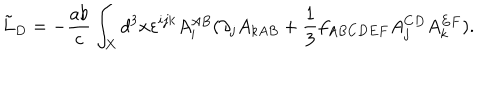
\tilde { L } _ { D } = - { \frac { a b } { c } } \int _ { X } d ^ { 3 } x \varepsilon ^ { i j k } A _ { i } ^ { A B } ( \partial _ { j } A _ { k A B } + { \frac { 1 } { 3 } } f _ { A B C D E F } A _ { j } ^ { C D } A _ { k } ^ { E F } ) .